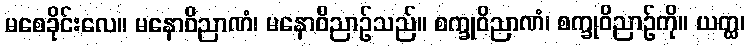
မစေခိုင်းလေ။ မနောဝိညာဏံ၊ မနောဝိညာဉ်သည်။ စက္ခုဝိညာဏံ၊ စက္ခုဝိညာဉ်ကို။ ယတ္ထ၊